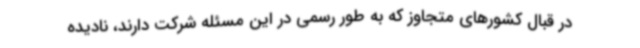
در قبال کشورهای متجاوز که به طور رسمی در این مسئله شرکت دارند، نادیده